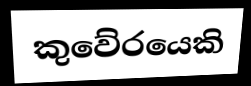
කුවේරයෙකි